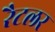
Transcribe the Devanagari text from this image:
रैटलर